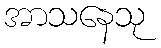
အာသနေသု